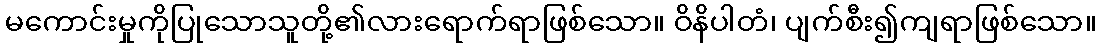
မကောင်းမှုကိုပြုသောသူတို့၏လားရောက်ရာဖြစ်သော။ ဝိနိပါတံ၊ ပျက်စီး၍ကျရာဖြစ်သော။